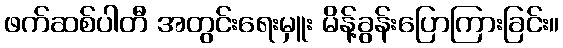
ဖက်ဆစ်ပါတီ အတွင်းရေးမှူး မိန့်ခွန်းပြောကြားခြင်း။